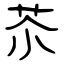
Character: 苶